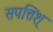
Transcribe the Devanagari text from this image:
सपत्तिश्